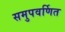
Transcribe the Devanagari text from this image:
समुपवर्णित